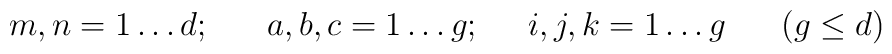
m,n = 1 \ldots d; \; \; \; \; \; \; a,b,c = 1 \ldots g; \; \; \; \; \; i,j,k = 1 \ldots g \; \; \; \; \; \; (g \leq d)